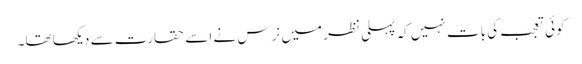
کوئی تعجب کی بات نہیں کہ پہلی نظر میں نرس نے اسے حقارت سے دیکھا تھا۔